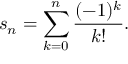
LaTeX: s _ { n } = \sum _ { k = 0 } ^ { n } { \frac { ( - 1 ) ^ { k } } { k ! } } .